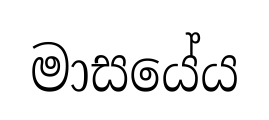
මාසයේය